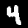
Digit: 4